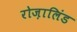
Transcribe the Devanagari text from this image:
रोज़ालिंड